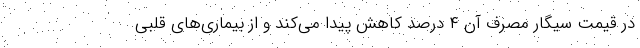
در قیمت سیگار مصرف آن ۴ درصد کاهش پیدا می‌کند و از بیماری‌های قلبی